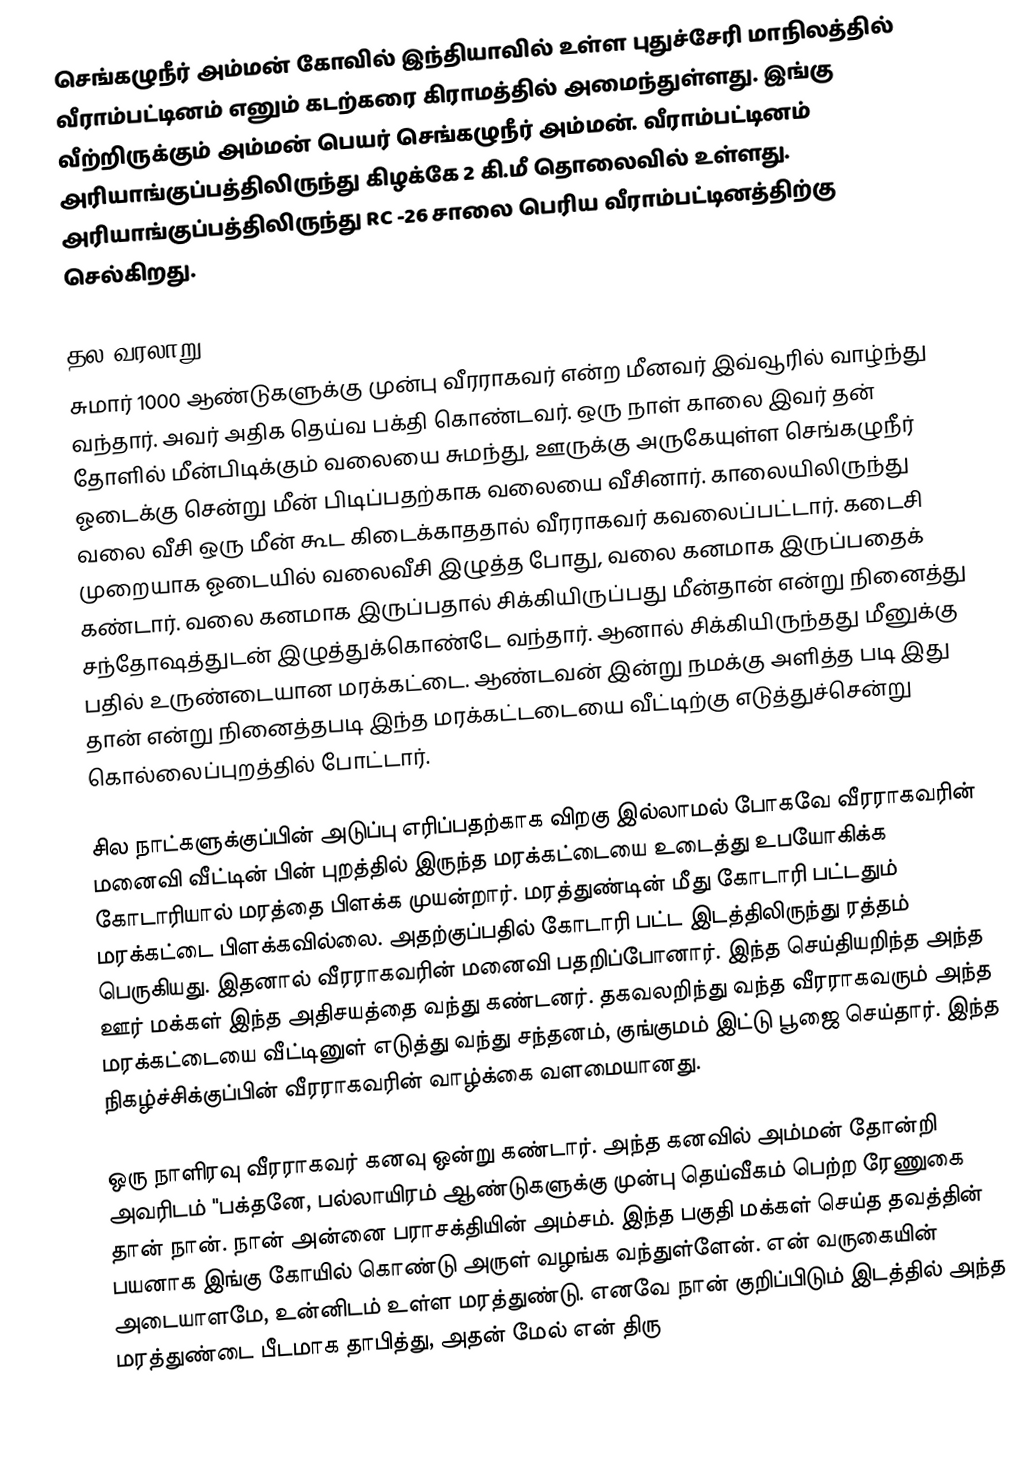
செங்கழுநீர் அம்மன் கோவில் இந்தியாவில் உள்ள புதுச்சேரி மாநிலத்தில் வீராம்பட்டினம் எனும் கடற்கரை கிராமத்தில் அமைந்துள்ளது. இங்கு வீற்றிருக்கும் அம்மன் பெயர் செங்கழுநீர் அம்மன். வீராம்பட்டினம் அரியாங்குப்பத்திலிருந்து கிழக்கே 2 கி.மீ தொலைவில் உள்ளது. அரியாங்குப்பத்திலிருந்து RC -26 சாலை பெரிய வீராம்பட்டினத்திற்கு செல்கிறது.

தல வரலாறு
சுமார் 1000 ஆண்டுகளுக்கு முன்பு வீரராகவர் என்ற மீனவர் இவ்வூரில் வாழ்ந்து வந்தார். அவர் அதிக தெய்வ பக்தி கொண்டவர். ஒரு நாள் காலை இவர் தன் தோளில் மீன்பிடிக்கும் வலையை சுமந்து, ஊருக்கு அருகேயுள்ள செங்கழுநீர் ஓடைக்கு சென்று மீன் பிடிப்பதற்காக வலையை வீசினார். காலையிலிருந்து வலை வீசி ஒரு மீன் கூட  கிடைக்காததால் வீரராகவர் கவலைப்பட்டார். கடைசி முறையாக ஓடையில் வலைவீசி இழுத்த போது, வலை கனமாக இருப்பதைக் கண்டார். வலை கனமாக இருப்பதால் சிக்கியிருப்பது மீன்தான் என்று நினைத்து சந்தோஷத்துடன்  இழுத்துக்கொண்டே வந்தார். ஆனால் சிக்கியிருந்தது மீனுக்கு பதில் உருண்டையான மரக்கட்டை. ஆண்டவன் இன்று நமக்கு அளித்த படி இது தான் என்று நினைத்தபடி இந்த மரக்கட்டடையை வீட்டிற்கு எடுத்துச்சென்று கொல்லைப்புறத்தில் போட்டார்.

சில நாட்களுக்குப்பின் அடுப்பு  எரிப்பதற்காக விறகு இல்லாமல் போகவே வீரராகவரின் மனைவி வீட்டின் பின் புறத்தில் இருந்த மரக்கட்டையை உடைத்து உபயோகிக்க கோடாரியால் மரத்தை பிளக்க முயன்றார். மரத்துண்டின் மீது கோடாரி பட்டதும் மரக்கட்டை பிளக்கவில்லை. அதற்குப்பதில் கோடாரி பட்ட இடத்திலிருந்து ரத்தம் பெருகியது. இதனால் வீரராகவரின் மனைவி பதறிப்போனார். இந்த செய்தியறிந்த அந்த ஊர் மக்கள் இந்த அதிசயத்தை வந்து கண்டனர்.   தகவலறிந்து வந்த வீரராகவரும் அந்த மரக்கட்டையை வீட்டினுள் எடுத்து வந்து சந்தனம், குங்குமம் இட்டு பூஜை செய்தார். இந்த நிகழ்ச்சிக்குப்பின் வீரராகவரின் வாழ்க்கை வளமையானது.

ஒரு நாளிரவு வீரராகவர் கனவு ஒன்று கண்டார். அந்த கனவில் அம்மன் தோன்றி அவரிடம் "பக்தனே, பல்லாயிரம் ஆண்டுகளுக்கு முன்பு தெய்வீகம் பெற்ற ரேணுகை தான் நான். நான் அன்னை பராசக்தியின் அம்சம். இந்த பகுதி மக்கள் செய்த தவத்தின் பயனாக இங்கு கோயில் கொண்டு அருள் வழங்க வந்துள்ளேன். என் வருகையின் அடையாளமே, உன்னிடம் உள்ள மரத்துண்டு. எனவே நான் குறிப்பிடும் இடத்தில் அந்த மரத்துண்டை பீடமாக தாபித்து, அதன் மேல் என் திரு